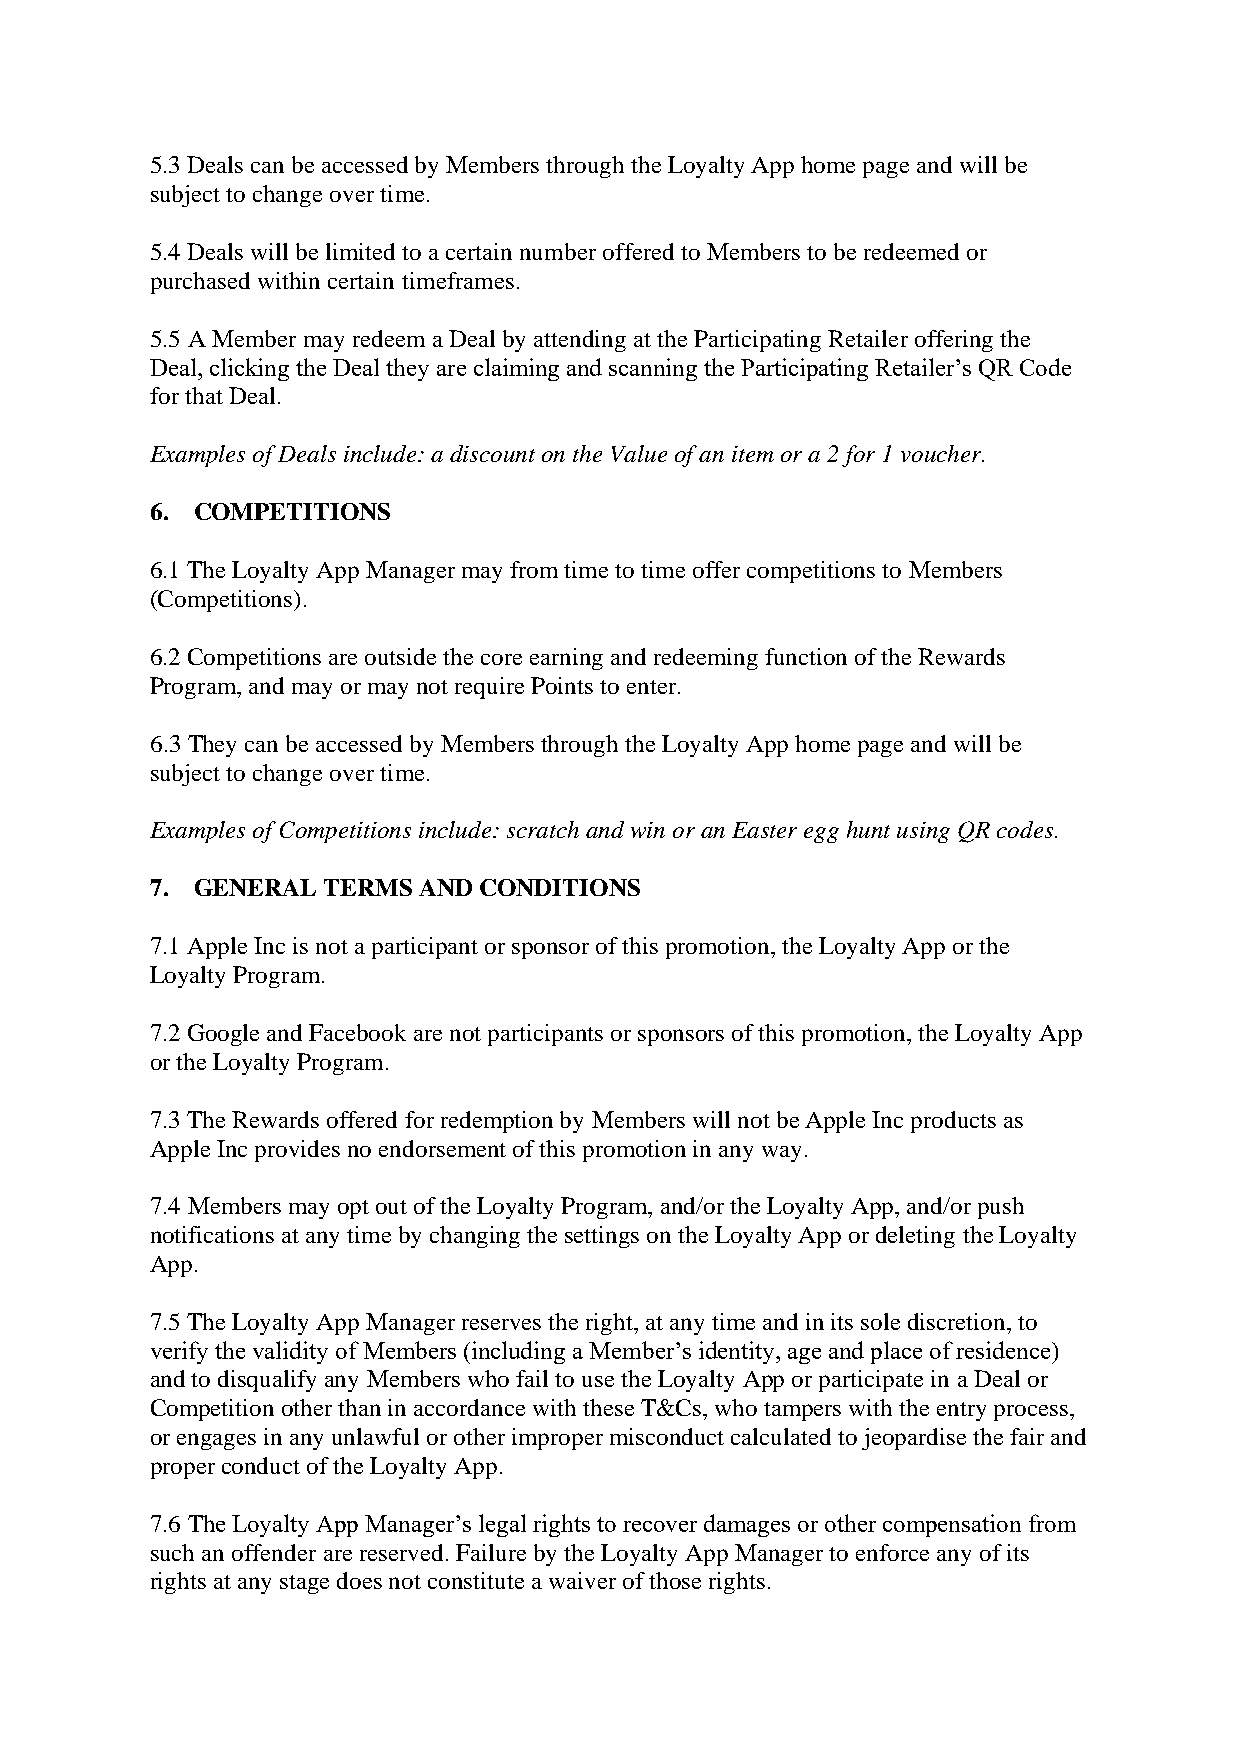
5.3 Deals can be accessed by Members through the Loyalty App home page and will be
 subject to change over time.
 5.4 Deals will be limited to a certain number offered to Members to be redeemed or
 purchased within certain timeframes.
 5.5 A Member may redeem a Deal by attending at the Participating Retailer offering the
 Deal, clicking the Deal they are claiming and scanning the Participating Retailer’s QR Code
 for that Deal.
 Examples of Deals include: a discount on the Value of an item or a 2 for 1 voucher.
 6. COMPETITIONS
 6.1 The Loyalty App Manager may from time to time offer competitions to Members
 (Competitions).
 6.2 Competitions are outside the core earning and redeeming function of the Rewards
 Program, and may or may not require Points to enter.
 6.3 They can be accessed by Members through the Loyalty App home page and will be
 subject to change over time.
 Examples of Competitions include: scratch and win or an Easter egg hunt using QR codes.
 7. GENERAL TERMS  AND CONDITIONS
 7.1 Apple Inc is not a participant or sponsor of this promotion, the Loyalty App or the
 Loyalty Program.
 7.2 Google and Facebook are not participants or sponsors of this promotion, the Loyalty App
 or the Loyalty Program.
 7.3 The Rewards offered for redemption by Members will not be Apple Inc products as
 Apple Inc provides no endorsement of this promotion in any way.
 7.4 Members may opt out of the Loyalty Program, and/or the Loyalty App, and/or push
 notifications at any time by changing the settings on the Loyalty App or deleting the Loyalty
 App.
 7.5 The Loyalty App Manager reserves the right, at any time and in its sole discretion, to
 verify the validity of Members (including a Member’s identity, age and place of residence)
 and to disqualify any Members who fail to use the Loyalty App or participate in a Deal or
 Competition other than in accordance with these T&Cs, who tampers with the entry process,
 or engages in any unlawful or other improper misconduct calculated to jeopardise the fair and
 proper conduct of the Loyalty App.
 7.6 The Loyalty App Manager’s legal rights to recover damages or other compensation from
 such an offender are reserved. Failure by the Loyalty App Manager to enforce any of its
 rights at any stage does not constitute a waiver of those rights.